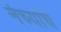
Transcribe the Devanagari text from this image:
नेच्यांचे